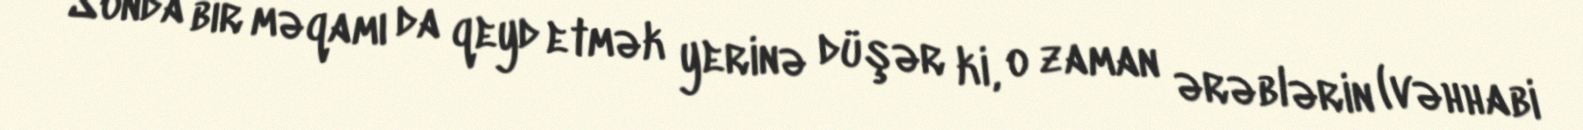
Sonda bir məqamı da qeyd etmək yerinə düşər ki, o zaman ərəblərin (vəhhabi